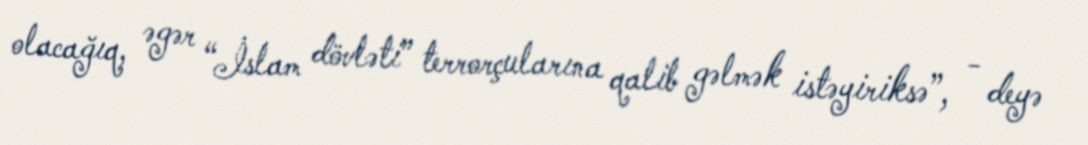
olacağıq, əgər “İslam dövləti” terrorçularına qalib gəlmək istəyiriksə”, - deyə